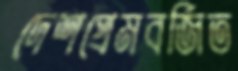
দেশপ্রেমবর্জিত